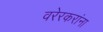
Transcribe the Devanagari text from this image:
वरेरकरांना